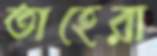
তাহেরা